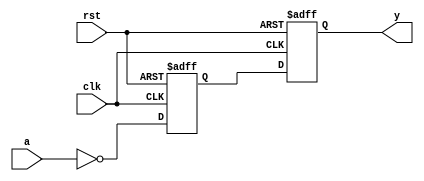
`timescale 1ns/1ps
`default_nettype none

module nor_1(y, a, rst, clk);
    parameter delay = 9;
    parameter iv = 1'b0;
    input wire a, rst, clk;

    output reg y = iv;
    reg next_val = iv;

    always @(posedge clk or posedge rst)
    begin
        if (rst) y = iv;
        else y = next_val;
    end

    always @(negedge clk or posedge rst)
    begin
        if (rst) next_val = iv;
        else next_val = ~a;
    end
endmodule
`default_nettype wire